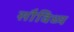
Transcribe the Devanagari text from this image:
सौविध्य